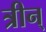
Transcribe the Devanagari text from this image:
त्रीन्